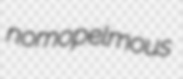
nomopelmous